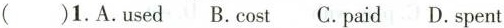
( )1.A.used B.cost C.paid D.spent